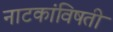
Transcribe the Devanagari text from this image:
नाटकांविषती